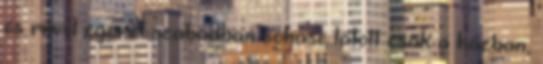
és mivel egeret szabadban sohase látott csak a házban,